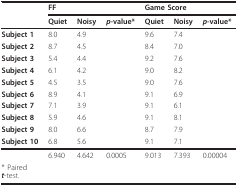
|  | <COLSPAN=3> FF | <COLSPAN=3> Game Score |
 |  | Quiet | Noisy | p-value* | Quiet | Noisy | p-value* |
 | --- | --- | --- | --- | --- | --- | --- |
 | Subject 1 | 8.0 | 4.9 |  | 9.6 | 7.4 |  |
 | Subject 2 | 8.7 | 4.5 |  | 8.4 | 7.0 |  |
 | Subject 3 | 5.4 | 4.4 |  | 9.2 | 7.6 |  |
 | Subject 4 | 6.1 | 4.2 |  | 9.0 | 8.2 |  |
 | Subject 5 | 4.5 | 3.5 |  | 9.0 | 7.6 |  |
 | Subject 6 | 8.9 | 4.1 |  | 9.1 | 6.9 |  |
 | Subject 7 | 7.1 | 3.9 |  | 9.1 | 6.1 |  |
 | Subject 8 | 5.9 | 4.6 |  | 9.1 | 8.1 |  |
 | Subject 9 | 8.0 | 6.6 |  | 8.7 | 7.9 |  |
 | Subject 10 | 6.8 | 5.6 |  | 9.1 | 7.1 |  |
 |  | 6.940 | 4.642 | 0.0005 | 9.013 | 7.393 | 0.00004 |
 | * Pairedt-test. |  |  |  |  |  |  |